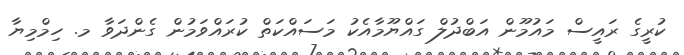
ކުރީގެ ރައީސް މައުމޫން އަބްދުލް ގައްޔޫމާއެކު މަސައްކަތް ކުރައްވަމުން ގެންދަވާ މ. ހިމްމިޔާ